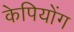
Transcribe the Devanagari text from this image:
केपियोंग